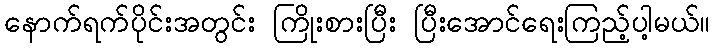
နောက်ရက်ပိုင်းအတွင်း ကြိုးစားပြီး ပြီးအောင်ရေးကြည့်ပါ့မယ်။